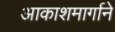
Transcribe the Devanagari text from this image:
आकाशमार्गाने